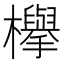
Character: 欅